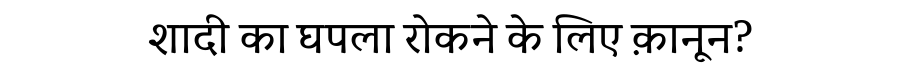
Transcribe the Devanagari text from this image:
शादी का घपला रोकने के लिए क़ानून?